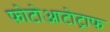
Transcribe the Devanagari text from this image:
फोटोआटोट्राफ